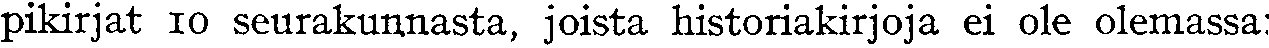
pikirjat 10 seurakunnasta, joista historiakirjoja ei ole olemassa: